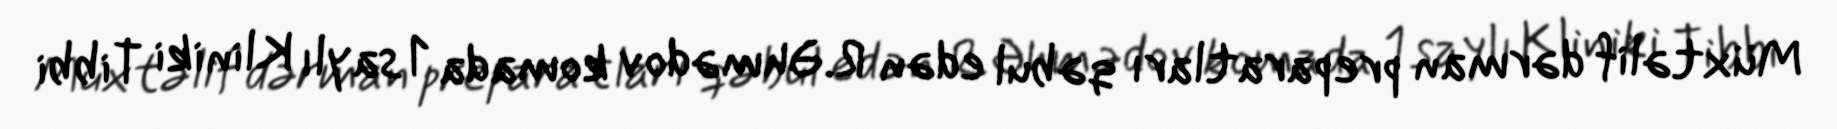
Müxtəlif dərman preparatları qəbul edən R.Əhmədov komada 1 saylı Kliniki Tibbi